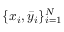
\{ x _ { i } , \bar { y } _ { i } \} _ { i = 1 } ^ { N }